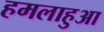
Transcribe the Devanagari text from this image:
हमलाहुआ